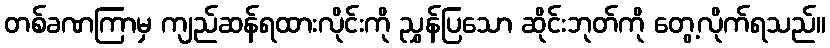
တစ်ခဏကြာမှ ကျည်ဆန်ရထားလိုင်းကို ညွှန်ပြသော ဆိုင်းဘုတ်ကို တွေ့လိုက်ရသည်။